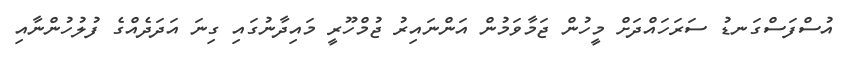
އުސްފަސްގަނޑު ސަރަހައްދަށް މީހުން ޖަމާވަމުން އަންނައިރު ޖުމްހޫރީ މައިދާނުގައި ގިނަ އަދަދެއްގެ ފުލުހުންނާއި